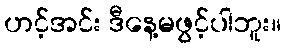
ဟင့်အင်း ဒီနေ့မဖွင့်ပါဘူး။